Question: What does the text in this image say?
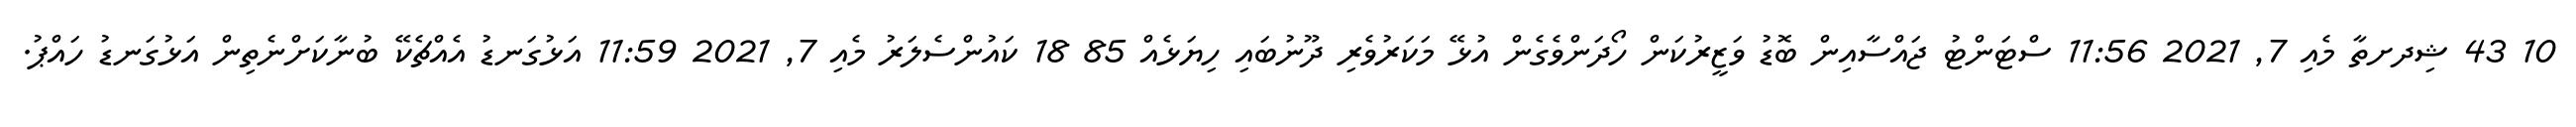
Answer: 10 43 ޝިދށތާ މެއި 7, 2021 11:56 ސްޓަންޓު ޖައްސާއިން ބޮޑު ވަޒީރުކަން ހޯދަންވެގެން އުޅޭ މަކަރުވެރި ދޫނުބައި ހިޔަޅެއް 85 18 ކައުންސެލަރު މެއި 7, 2021 11:59 އަޅުގަނޑު އެއްޗެކޭ ބުނާކަށްނެތިން އަޅުގަނޑު ހައްޕު.